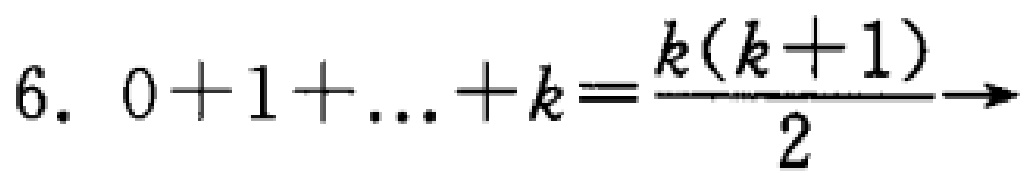
$6.\ 0 + 1+\ldots + k=\frac{k(k + 1)}{2}\to$